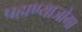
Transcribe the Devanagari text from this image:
पहाण्याजोगा